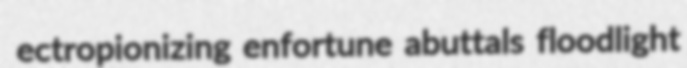
ectropionizing enfortune abuttals floodlight